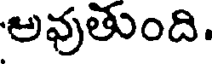
అవుతుంది.